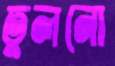
তুলনো